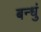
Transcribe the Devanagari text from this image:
बन्धुं